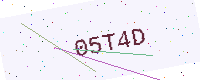
Text: 05T4D